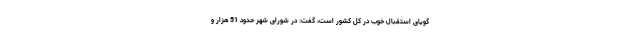
گویای استقبال خوب در کل کشور است، گفت: در شورای شهر حدود 51 هزار و